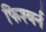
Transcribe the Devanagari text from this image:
फिश्बर्न